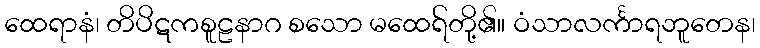
ထေရာနံ၊ တိပိဋကစူဠနာဂ စသော မထေရ်တို့၏။ ဝံသာလင်္ကာရဘူတေန၊